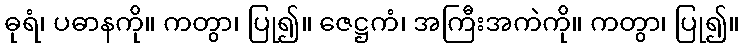
ဓုရံ၊ ပဓာနကို။ ကတွာ၊ ပြု၍။ ဇေဋ္ဌကံ၊ အကြီးအကဲကို။ ကတွာ၊ ပြု၍။